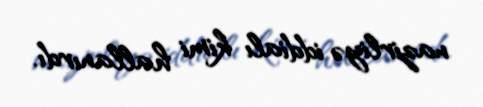
nazirliyə iddialı kimi hallanırdı.